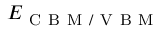
E _ { \mathrm { ~ C ~ B ~ M ~ / ~ V ~ B ~ M ~ } }